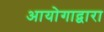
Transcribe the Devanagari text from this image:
आयोगाद्वारा